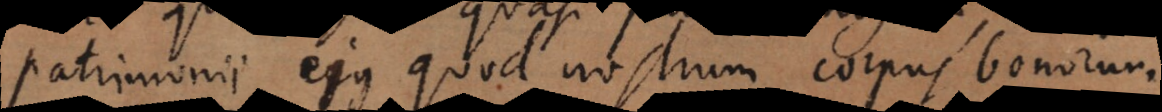
patrimonii ejus quod nostrum corpus bonorum